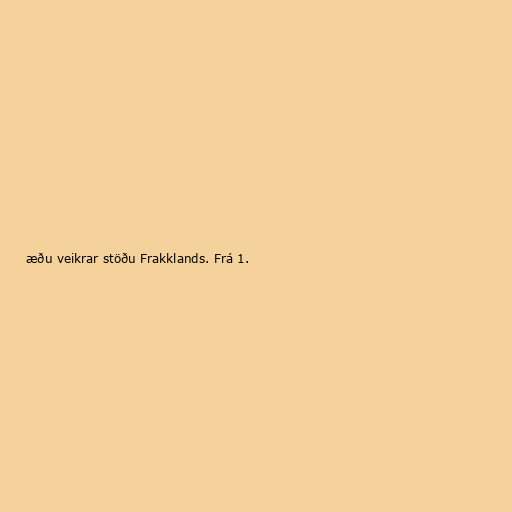
æðu veikrar stöðu Frakklands. Frá 1.